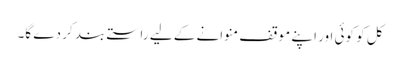
کل کو کوئی اور اپنے موقف منوانے کے لیے راستے بند کر دے گا۔